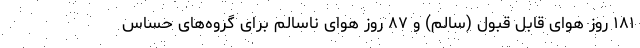
۱۸۱ روز هوای قابل قبول (سالم) و ۸۷ روز هوای ناسالم برای گروه‌های حساس